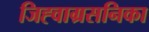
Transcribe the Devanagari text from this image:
जिह्वाग्रसनिका